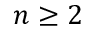
n \geq 2